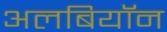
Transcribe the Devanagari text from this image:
अलबियॉन